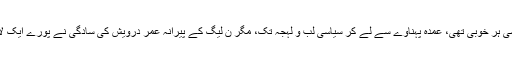
علی ترین میں ایک سیاستدان جیسی ہر خوبی تھی، عمدہ پہناوے سے لے کر سیاسی لب و لہجہ تک، مگر ن لیگ کے پیرانہ عمر درویش کی سادگی نے پورے ایک لاکھ ووٹوں کی قیمت وصول کی۔